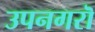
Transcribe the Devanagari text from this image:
उपनगरॊ